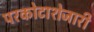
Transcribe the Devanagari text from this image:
परकोटाशेजारी